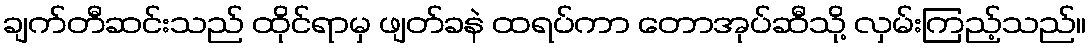
ချက်တီဆင်းသည် ထိုင်ရာမှ ဖျတ်ခနဲ ထရပ်ကာ တောအုပ်ဆီသို့ လှမ်းကြည့်သည်။